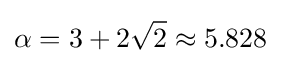
\alpha =3+2{\sqrt {2}}\approx 5.828